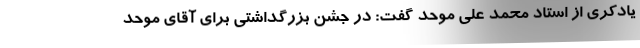
یادکری از استاد محمد علی موحد گفت: در جشن بزرگداشتی برای آقای موحد